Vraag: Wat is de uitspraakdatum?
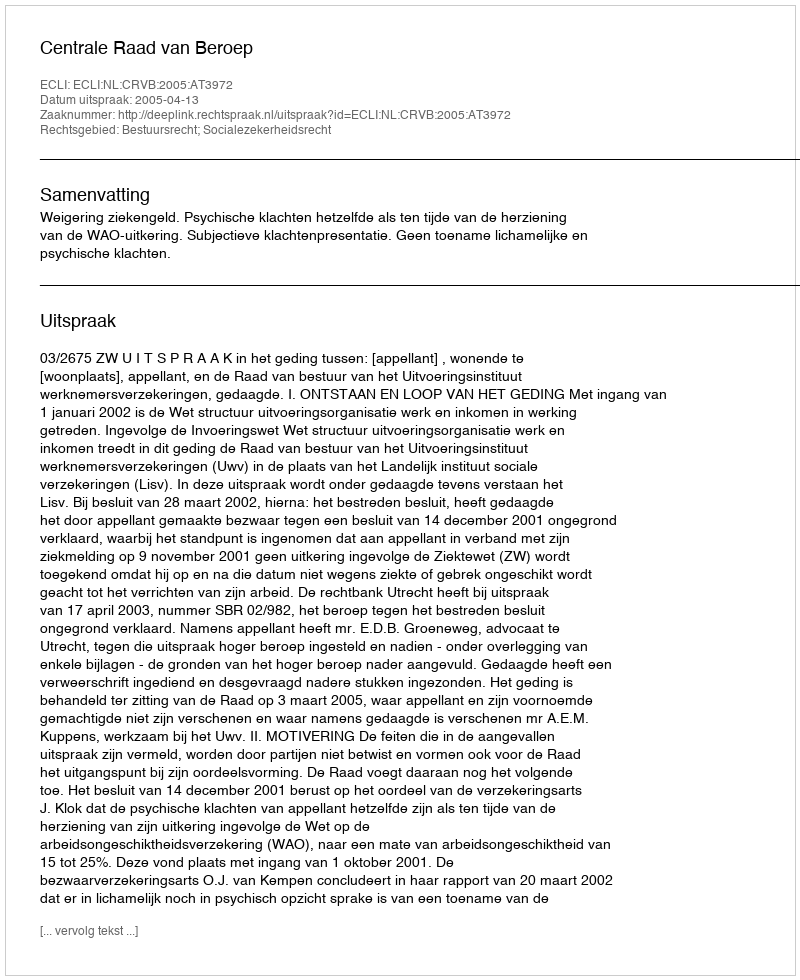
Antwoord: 2005-04-13